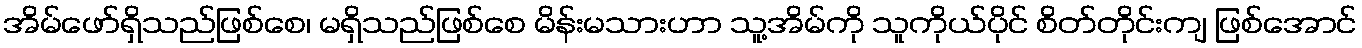
အိမ်ဖော်ရှိသည်ဖြစ်စေ၊ မရှိသည်ဖြစ်စေ မိန်းမသားဟာ သူ့အိမ်ကို သူကိုယ်ပိုင် စိတ်တိုင်းကျ ဖြစ်အောင်